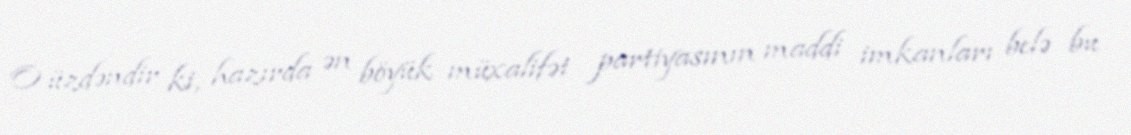
O üzdəndir ki, hazırda ən böyük müxalifət partiyasının maddi imkanları belə bu